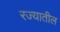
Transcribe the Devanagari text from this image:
रज्यातील